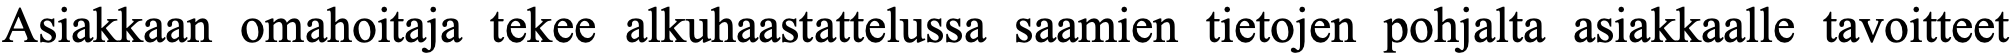
Asiakkaan omahoitaja tekee alkuhaastattelussa saamien tietojen pohjalta asiakkaalle tavoitteet